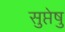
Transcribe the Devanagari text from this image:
सुप्तेषु